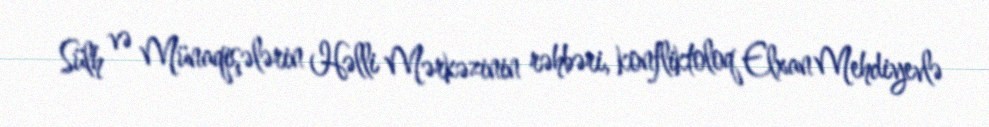
Sülh və Münaqişələrin Həlli Mərkəzinin rəhbəri, konfliktoloq Elxan Mehdiyevlə